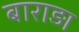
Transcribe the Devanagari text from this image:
बाराड़ा